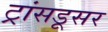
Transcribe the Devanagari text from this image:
ट्रांसडूसर